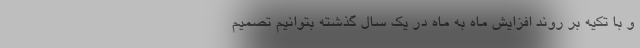
و با تکیه بر روند افزایش ماه به ماه در یک سال گذشته بتوانیم تصمیم